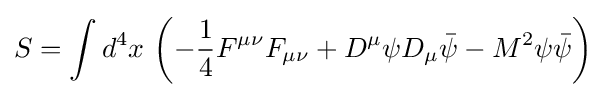
S=\int d^{4}x\,\left(-{\frac {1}{4}}F^{\mu \nu }F_{\mu \nu }+D^{\mu }\psi D_{\mu }{\bar {\psi }}-M^{2}\psi {\bar {\psi }}\right)